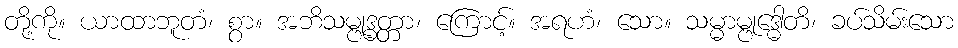
တို့ကို။ ယာထာဘူတံ၊ စွာ။ အဘိသမ္ဗုဒ္ဓတ္တာ၊ ကြောင့်။ အရဟံ၊ သော။ သမ္မာမ္ဗုဒ္ဓေါတိ၊ ခပ်သိမ်းသော